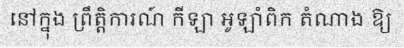
នៅក្នុង ព្រឹត្តិការណ៍ កីឡា អូឡាំពិក តំណាង ឱ្យ